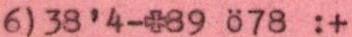
6)38'4-+89 ö78 :+